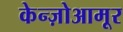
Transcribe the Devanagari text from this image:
केन्ज़ोआमूर